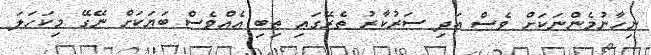
ނިހާނުމެންނަކަށް ވެސް އަދި ސަރުކާރު ތެރޭގައި ތިބި އެއްވެސް ބަޔަކަށް ނޭގޭ މިކަހަލަ